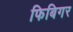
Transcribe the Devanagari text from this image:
फिबिगर